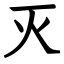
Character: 灭